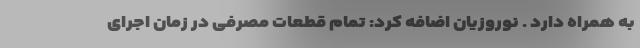
به همراه دارد . نوروزیان اضافه کرد: تمام قطعات مصرفی در زمان اجرای